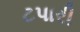
ટપારી